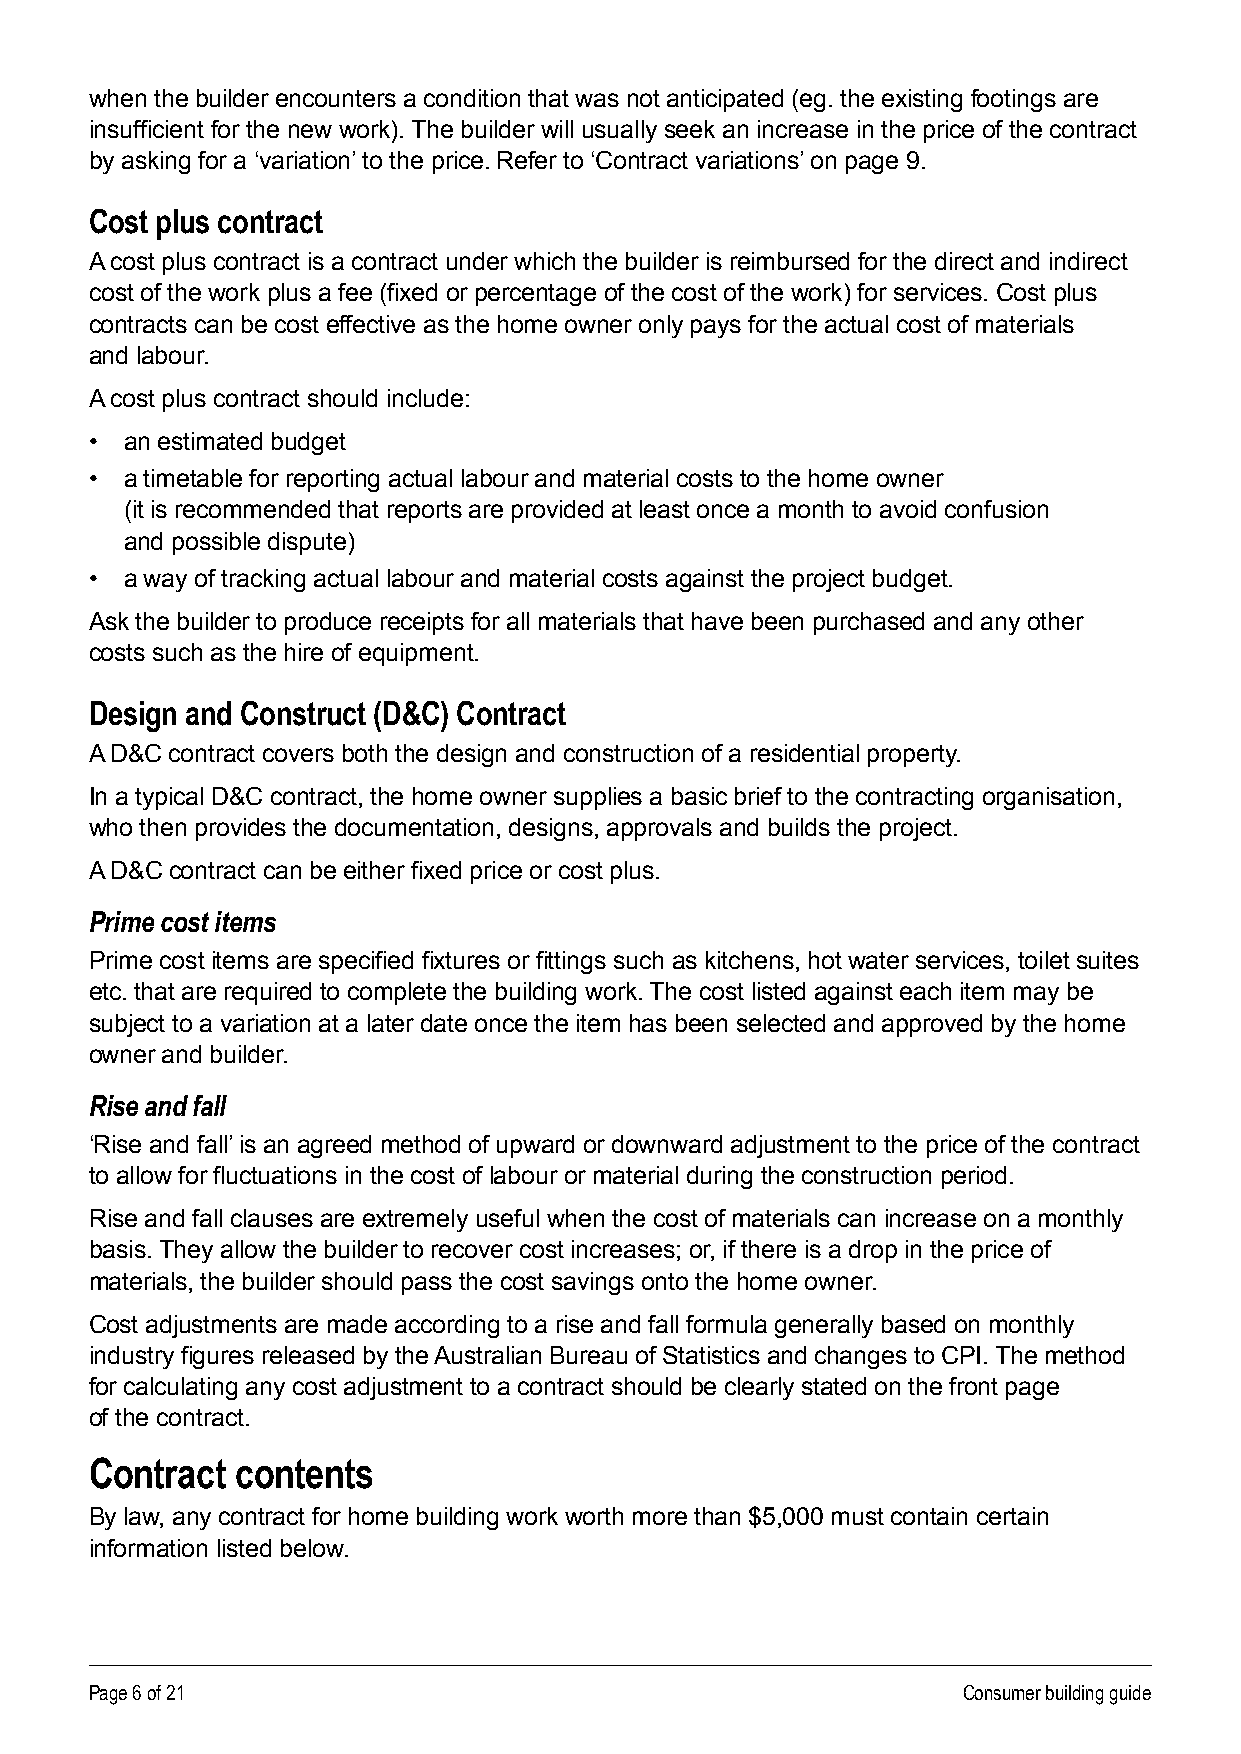
when the builder encounters a condition that was not anticipated (eg. the existing footings are
 insufficient for the new work). The builder will usually seek an increase in the price of the contract
 by asking for a ‘variation’ to the price . Refer to ‘Contract variations’ on page 9 .
 Cost plus contract
 A cost plus contract is a contract under which the builder is reimbursed for the direct and indirect
 cost of the work plus a fee (fixed or percentage of the cost of the work) for services. Cost plus
 contracts can be cost effective as the home owner only pays for the actual cost of materials
 and labour .
 A cost plus contract should include:
 • an estimated budget
 • a timetable for reporting actual labour and material costs to the home owner
 (it is recommended that reports are provided at least once a month to avoid confusion
 and possible dispute)
 • a way of tracking actual labour and material costs against the project budget .
 Ask the builder to produce receipts for all materials that have been purchased and any other
 costs such as the hire of equipment .
 Design and Construct (D&C) Contract
 A D&C contract covers both the design and construction of a residential property .
 In a typical D&C contract, the home owner supplies a basic brief to the contracting organisation,
 who then provides the documentation, designs, approvals and builds the project .
 A D&C contract can be either fixed price or cost plus.
 Prime cost items
 Prime cost items are specified fixtures or fittings such as kitchens, hot water services, toilet suites
 etc . that are required to complete the building work . The cost listed against each item may be
 subject to a variation at a later date once the item has been selected and approved by the home
 owner and builder .
 Rise and fall
 ‘Rise and fall’ is an agreed method of upward or downward adjustment to the price of the contract
 to allow for fluctuations in the cost of labour or material during the construction period.
 Rise and fall clauses are extremely useful when the cost of materials can increase on a monthly
 basis. They allow the builder to recover cost increases; or, if there is a drop in the price of
 materials, the builder should pass the cost savings onto the home owner .
 Cost adjustments are made according to a rise and fall formula generally based on monthly
 industry figures released by the Australian Bureau of Statistics and changes to CPI. The method
 for calculating any cost adjustment to a contract should be clearly stated on the front page
 of the contract .
 Contract  contents
 By law, any contract for home building work worth more than $5,000 must contain certain
 information listed below .
 Page 6 of 21                                              Consumer building guide